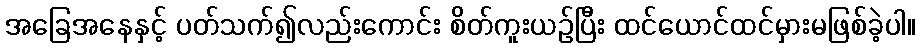
အခြေအနေနှင့် ပတ်သက်၍လည်းကောင်း စိတ်ကူးယဉ်ပြီး ထင်ယောင်ထင်မှားမဖြစ်ခဲ့ပါ။